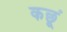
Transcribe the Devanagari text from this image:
कछूं